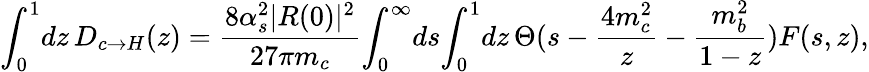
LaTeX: \int_{0}^{1}\! dz\, D_{c\rightarrow H}(z)=\frac{8\alpha_{s}^{2}|R(0)|^{2}}{27\pi m_{c}}\! \int_{0}^{\infty}\! ds\! \int_{0}^{1}\! dz\, \Theta(s-\frac{4m_{c}^{2}}{z}-\frac{m_{b}^{2}}{1-z})F(s,z),